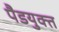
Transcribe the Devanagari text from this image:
पैडयुक्त